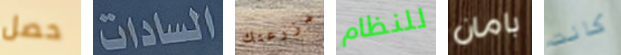
حصل السادات مزرعتك للنظام بامان كانت